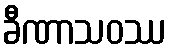
ခီဏာသဝဿ